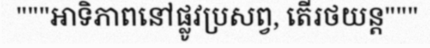
"""អាទិភាពនៅផ្លូវប្រសព្វ, តើរថយន្ត"""